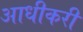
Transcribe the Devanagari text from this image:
आधीकरी